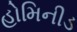
હોમિનીડ